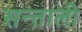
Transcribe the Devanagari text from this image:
सन्ताली